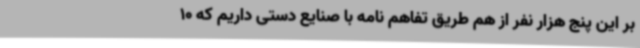
بر این پنج هزار نفر از هم طریق تفاهم نامه با صنایع دستی داریم که 10